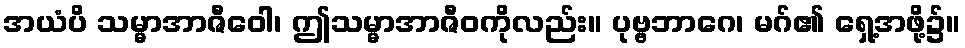
အယံပိ သမ္မာအာဇီဝေါ၊ ဤသမ္မာအာဇီဝကိုလည်း။ ပုဗ္ဗဘာဂေ၊ မဂ်၏ ရှေ့အဖို့၌။